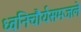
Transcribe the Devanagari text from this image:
ध्वनिचौर्यसमजले